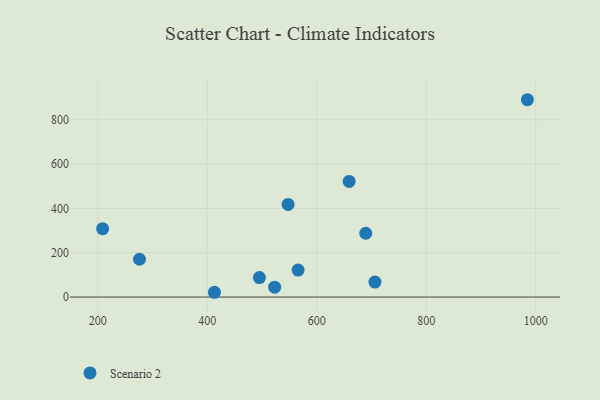
{"axis": {"x": "Distance", "y": "Exam Score"}, "legend": ["Scenario 2"], "data": [{"x": "523.2", "y": 44.8, "type": "Scenario 2"}, {"x": "984.6", "y": 891.0, "type": "Scenario 2"}, {"x": "413.3", "y": 21.6, "type": "Scenario 2"}, {"x": "547.7", "y": 418.1, "type": "Scenario 2"}, {"x": "689.5", "y": 288.2, "type": "Scenario 2"}, {"x": "659.2", "y": 521.9, "type": "Scenario 2"}, {"x": "566.0", "y": 121.9, "type": "Scenario 2"}, {"x": "276.4", "y": 170.7, "type": "Scenario 2"}, {"x": "706.3", "y": 67.7, "type": "Scenario 2"}, {"x": "209.1", "y": 308.7, "type": "Scenario 2"}, {"x": "495.4", "y": 87.8, "type": "Scenario 2"}]}